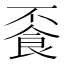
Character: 䬩